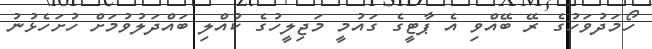
ހޯމަދުވަހުގެ ރޭ ބޭއްވި އެ ޕާޓީގެ ގައުމީ މަޖިލީހުގެ ކުއްލި ބައްދަލުވުމަށް ހުށަހެޅުނު